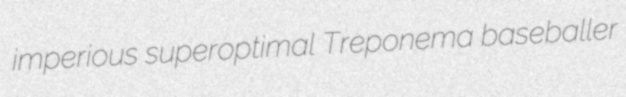
imperious superoptimal Treponema baseballer